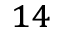
^ { 1 4 }